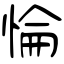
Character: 惀